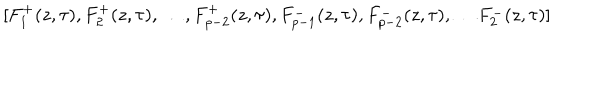
[ F _ { 1 } ^ { + } ( z , \tau ) , F _ { 2 } ^ { + } ( z , \tau ) , \ldots , F _ { p - 2 } ^ { + } ( z , \tau ) , F _ { p - 1 } ^ { - } ( z , \tau ) , F _ { p - 2 } ^ { - } ( z , \tau ) , \ldots F _ { 2 } ^ { - } ( z , \tau ) ]